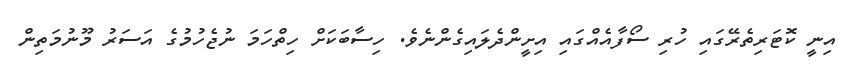
އިނީ ކޮޓަރިތެރޭގައި ހުރި ސޯފާއެއްގައި އިށީންދެލައިގެންނެވެ. ހިސާބަކަށް ހިތްހަމަ ނުޖެހުމުގެ އަސަރު މޫނުމަތިން